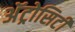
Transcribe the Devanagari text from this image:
अॅट्रोसिटी